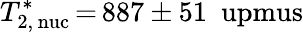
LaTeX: T_{\mathrm{2,\, nuc}}^{\ast}\, {=}\, 887\pm 51~\mathrm{\ upmus}